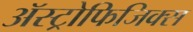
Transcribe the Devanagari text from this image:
ॲस्ट्रोफिजिक्‍स